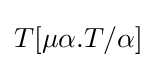
T[\mu \alpha .T/\alpha ]